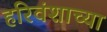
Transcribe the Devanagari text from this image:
हरिवंशाच्या